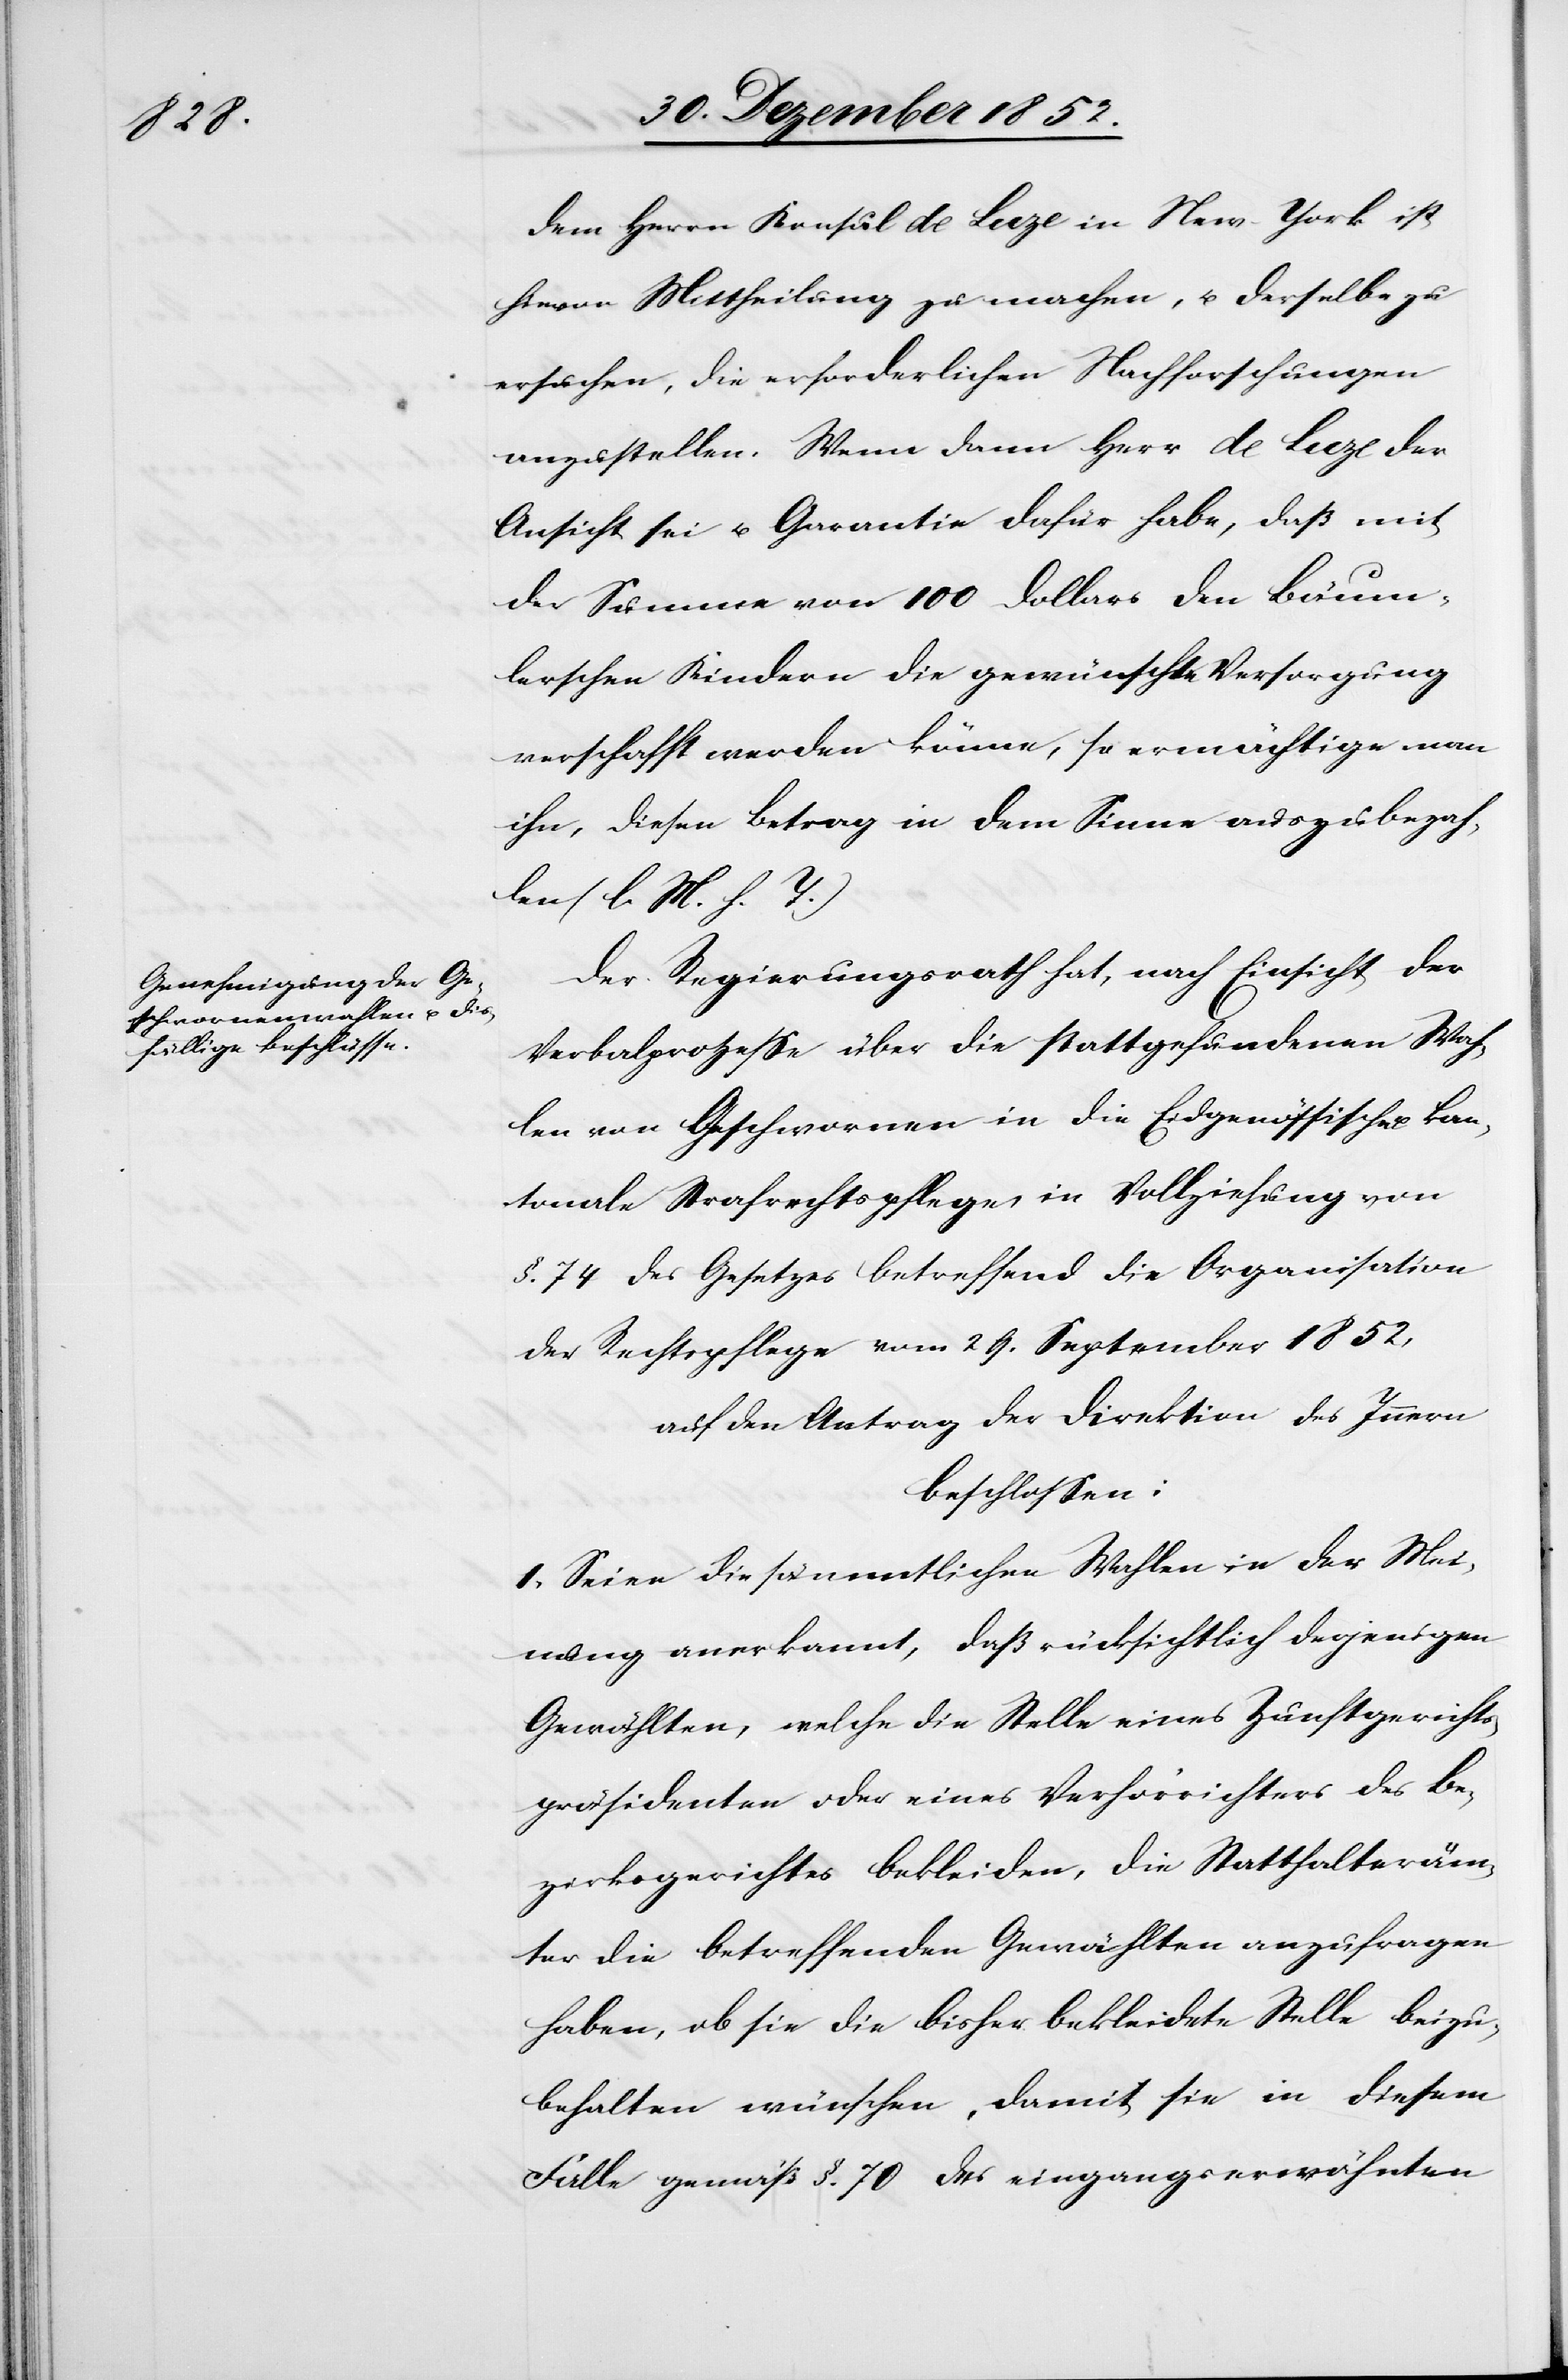
Dem Herrn Konsul de Luze in New-York ist
hievon Mittheilung zu machen, u. derselbe zu
ersuchen, die erforderlichen Nachforschungen
anzustellen. Wenn dann Herr de Luze der
Ansicht sei u. Garantie dafür habe, daß mit
der Summe von 100 Dollars den Bäum¬
lerschen Kindern die gewünschte Versorgung
verschafft werden könne, so ermächtige man
ihn, diesen Betrag in dem Sinne auszubezah¬
len (l. M. h. T.)
Der Regierungsrath hat, nach Einsicht der
Verbalprozesse über die stattgefundenen Wah¬
len von Geschwornen in die Eidgenössische u. kan¬
tonale Strafrechtspflege, in Vollziehung von
§. 74 des Gesetzes betreffend die Organisation
der Rechtspflege vom 29. September 1852,
auf den Antrag der Direktion des Innern
beschlossen:
I, Seien die sämmtlichen Wahlen in der Mei¬
nung anerkannt, daß rücksichtlich derjenigen
Gewählten, welche die Stelle eines Zunftgerichts¬
präsidenten oder eines Verhörrichters des Be¬
zirksgerichtes bekleiden, die Statthalteräm¬
ter die betreffenden Gewählten anzufragen
haben, ob sie die bisher bekleidete Stelle beizu¬
behalten wünschen, damit sie in diesem
Falle gemäß §. 70 des eingangserwähnten